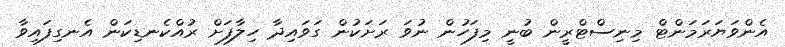
އެންވަޔަރަމަންޓް މިނިސްޓްރީން ބުނީ މިފަހުން ނުވަ ރަށަކުން ގަވައިދާ ހިލާފަށް ރުއްކެނޑިކަން އެނގިފައިވާ